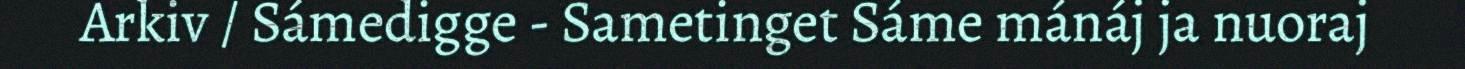
Arkiv / Sámedigge - Sametinget Sáme mánáj ja nuoraj